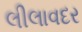
લીલાવદર